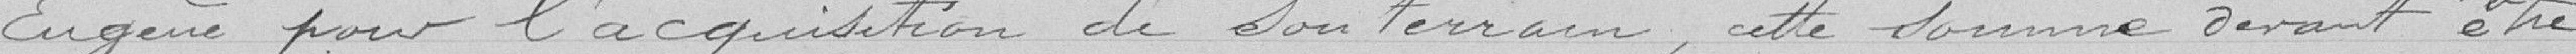
Eugène pour l'acquisition de son terrain, cette somme devant être